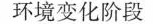
环境变化阶段